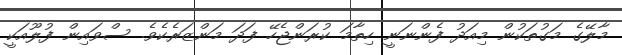
މާލޭގެ މަގުތަކުން މިއަދު ފެންނަނީ ހިތާމަ ކުރަންޖެހޭ ފަދަ މަންޒަރެކެވެ. ސްވައިން ފުލޫއަކީ